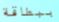
ببطاقة